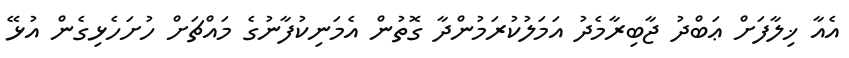
އެއާ ޚިލާފަށް ޢަބްދު ޖާބިރާމެދު އަމަލުކުރަމުންދާ ގޮތުން އެމަނިކުފާނުގެ މައްޗަށް ހުށަހެޅިގެން އުޅޭ